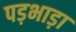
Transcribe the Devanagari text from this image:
पड़भाड़ा